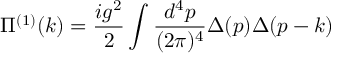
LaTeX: \Pi ^ { ( 1 ) } ( k ) = { \frac { i g ^ { 2 } } { 2 } } \int { \frac { d ^ { 4 } p } { ( 2 \pi ) ^ { 4 } } } \Delta ( p ) \Delta ( p - k )